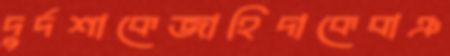
দুর্দশাকেজাহিদাকেবাঞ